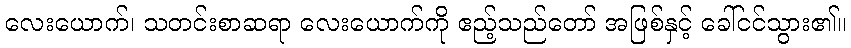
လေးယောက်၊ သတင်းစာဆရာ လေးယောက်ကို ဧည့်သည်တော် အဖြစ်နှင့် ခေါ်ငင်သွား၏။